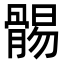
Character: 䯜